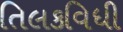
તિલકવિધી